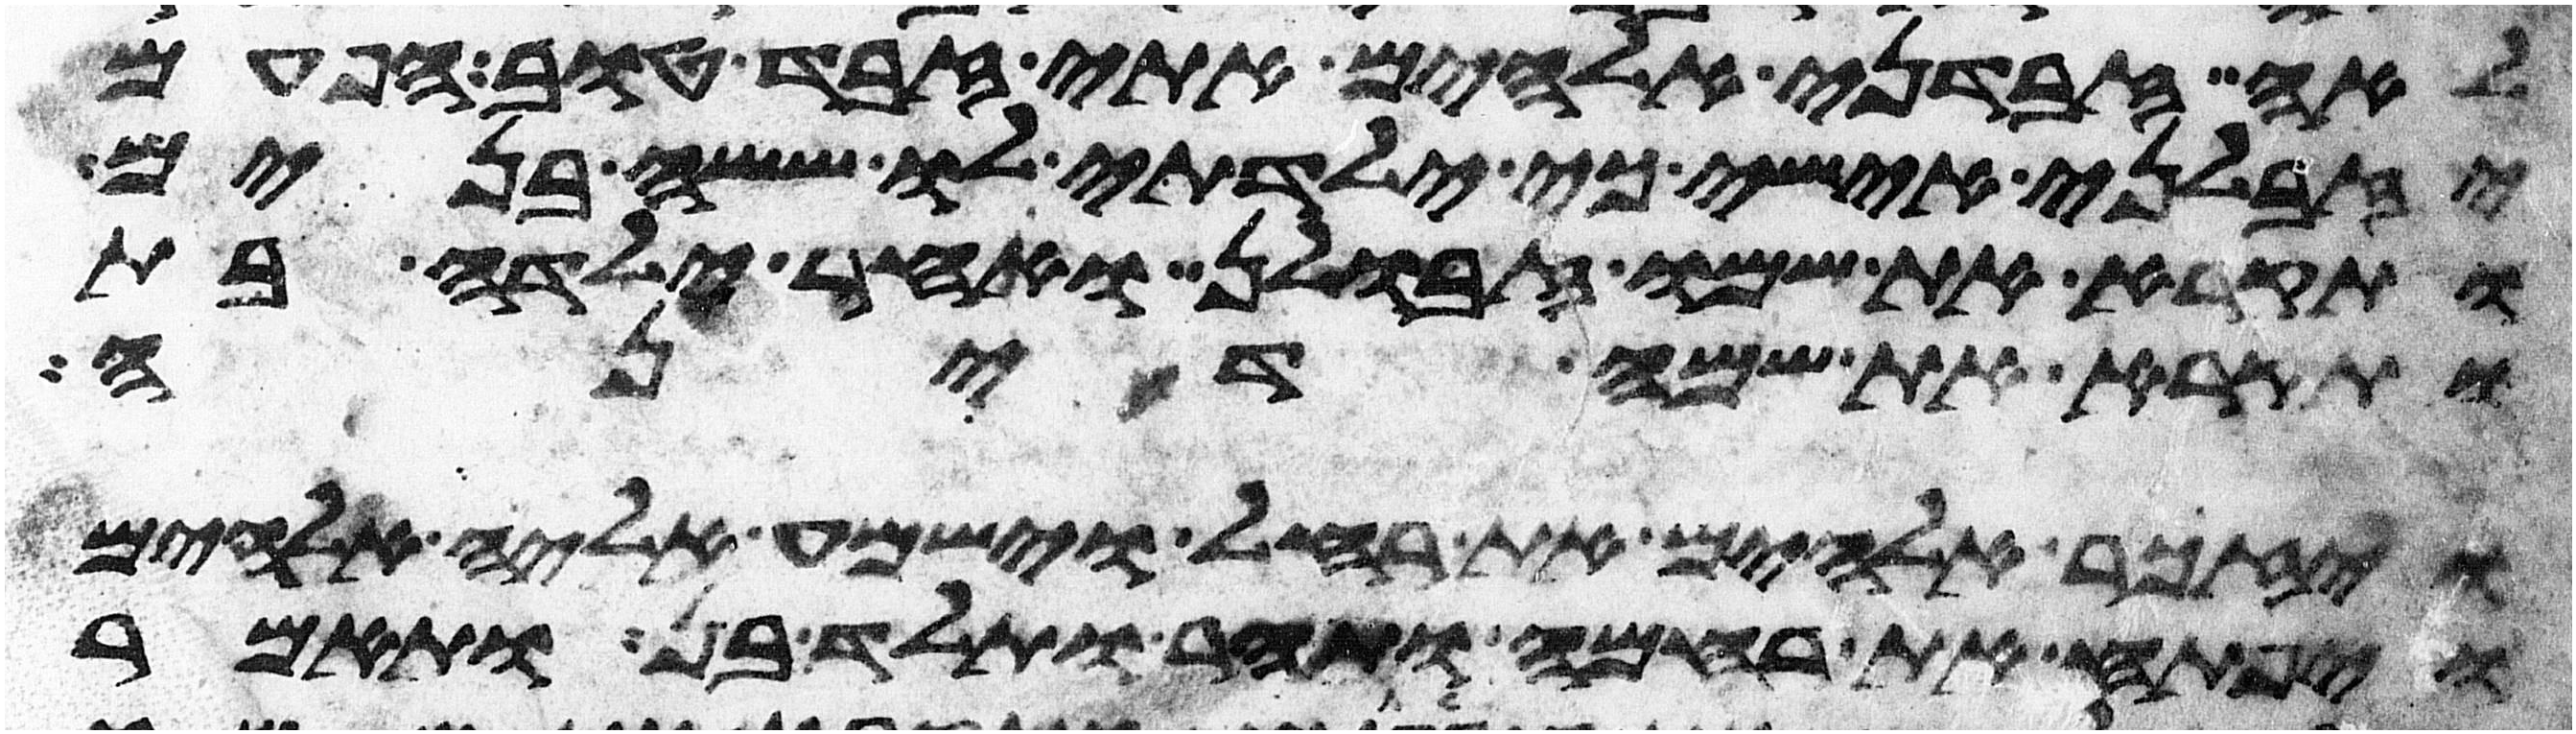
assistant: לאה זבדני אלהים אתי זבד טוב הפעם
יזבלני אישי כי ילדתי לו ששה בנים
ותקרא את שמו זבולן ואחר ילדה בת
ותקרא את שמה דינה
ויזכר אלהים את רחל וישמע אליה אלהים
ויפתח את רחמה ותהר ותלד בן ותאמר